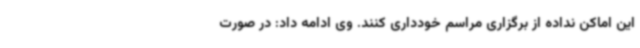
این اماکن نداده از برگزاری مراسم خودداری کنند. وی ادامه داد: در صورت